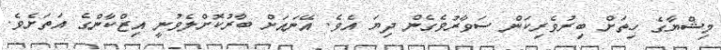
މިޝްޔާގެ ހިތަށް ބިރުވެރިކަން ސަވާރުވެގެން ދިޔަ އެވެ. އޭނައަށް ބާރުކޮށްލެވުނީ އިޒްކާންގެ އަތަށެވެ.